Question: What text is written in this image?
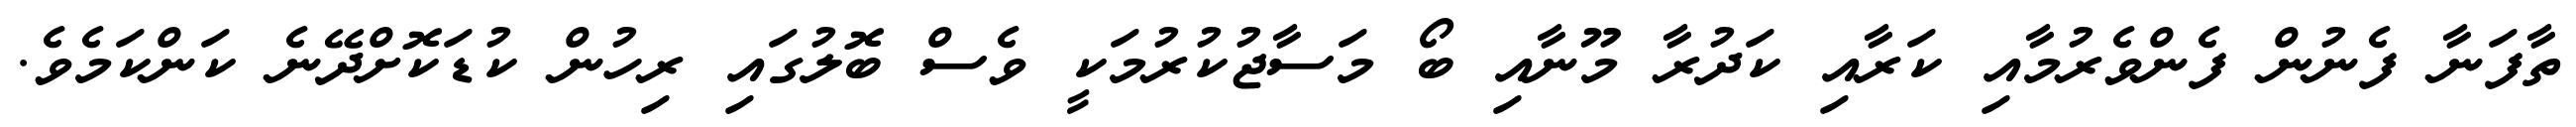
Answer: ތާފަނާ ފެނުން ފެންވެރުމާއި ކަރާއި ކަދުރާ މޫނާއި ބޯ މަސާޖުކުރުމަކީ ވެސް ބޮލުގައި ރިހުން ކުޑަކޮށްދޭނެ ކަންކަމެވެ.